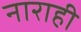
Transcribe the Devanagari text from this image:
नाराही